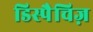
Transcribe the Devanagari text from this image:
डिस्पैचिज़